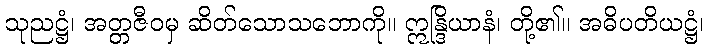
သုညဋ္ဌံ၊ အတ္တဇီဝမှ ဆိတ်သောသဘောကို။ ဣန္ဒြိယာနံ၊ တို့၏။ အဓိပတိယဋ္ဌံ၊